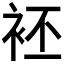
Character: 𲀨